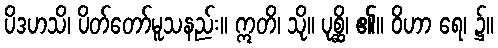
ပိဒဟသိ၊ ပိတ်တော်မူသနည်း။ ဣတိ၊ သို။ ပုစ္ဆိ၊ ၏။ ဝိဟာ ရေ၊ ၌။